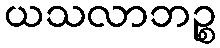
ယသလာဘဉ္စ